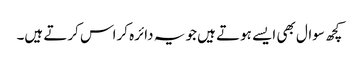
کچھ سوال بھی ایسے ہوتے ہیں جو یہ دائرہ کراس کرتے ہیں۔